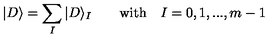
| D \rangle = \sum _ { I } | D \rangle _ { I } \qquad \mathrm { w i t h } \quad I = 0 , 1 , . . . , m - 1